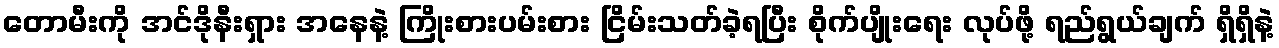
တောမီးကို အင်ဒိုနီးရှား အနေနဲ့ ကြိုးစားပမ်းစား ငြိမ်းသတ်ခဲ့ရပြီး စိုက်ပျိုးရေး လုပ်ဖို့ ရည်ရွယ်ချက် ရှိရှိနဲ့